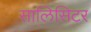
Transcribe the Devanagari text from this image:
सालिसिटर